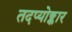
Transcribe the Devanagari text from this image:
तदप्योङ्कार